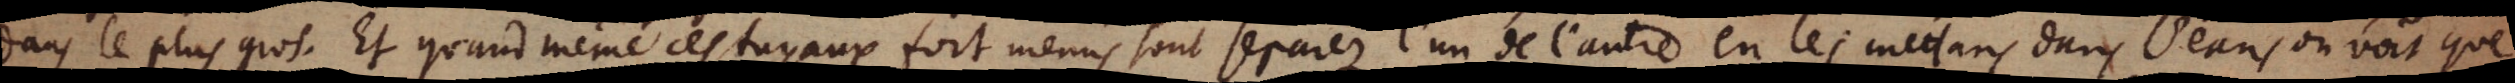
dans le plus gros. Et quand même ces tuyaux fort menus sont separez l’un de l’autre en les mettant dans l’eau, on voit que